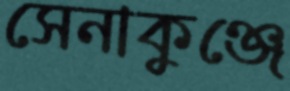
সেনাকুঞ্জে